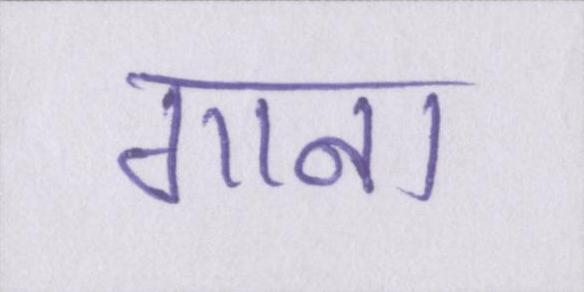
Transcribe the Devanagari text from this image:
गाना